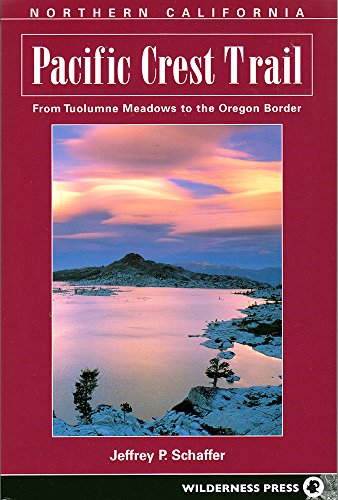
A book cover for Pacific Crest Trail: Northern California; Jeffrey P. Schaffer; Health, Fitness & Dieting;